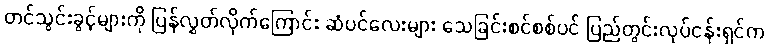
တင်သွင်းခွင့်များကို ပြန်လွှတ်လိုက်ကြောင်း ဆံပင်လေးများ သေခြင်းစင်စစ်ပင် ပြည်တွင်းလုပ်ငန်းရှင်က